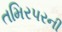
તમિરપરની